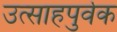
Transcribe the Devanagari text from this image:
उत्साहपुर्वक